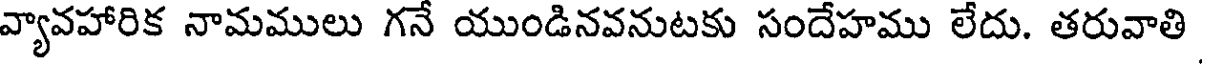
వ్యావహారిక నామములు గనే యుండినవనుటకు సందేహము లేదు. తరువాతి